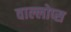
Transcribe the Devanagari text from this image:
वाल्लोप्स